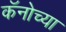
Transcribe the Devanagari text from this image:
कॅनोच्या